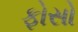
ફોસો